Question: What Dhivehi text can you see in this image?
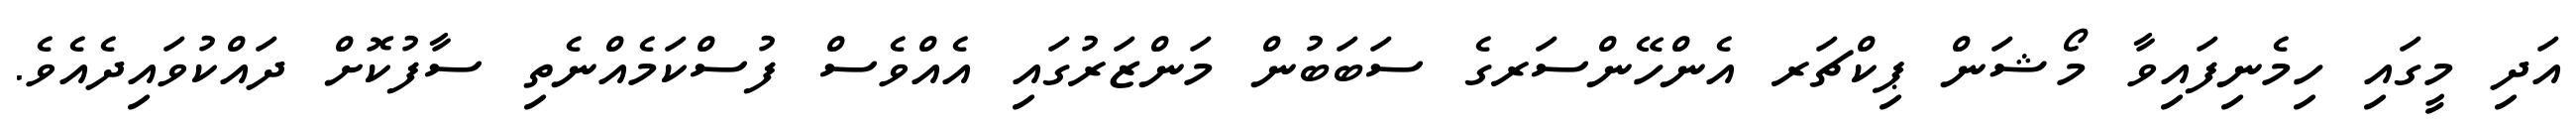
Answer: އަދި މީގައި ހިމެނިފައިވާ މޯޝަން ޕިކްޗަރ އެންހޭންސަރގެ ސަބަބުން މަންޒަރުގައި އެއްވެސް ފުސްކަމެއްނެތި ސާފުކޮށް ދައްކުވައިދެއެވެ.